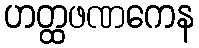
ဟတ္ထဖဏကေန